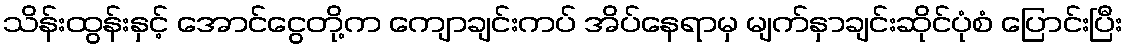
သိန်းထွန်းနှင့် အောင်ငွေတို့က ကျောချင်းကပ် အိပ်နေရာမှ မျက်နှာချင်းဆိုင်ပုံစံ ပြောင်းပြီး